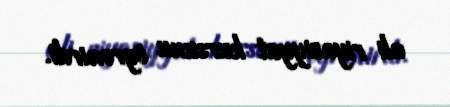
ali riyaziyyat kursunu öyrənirdi.